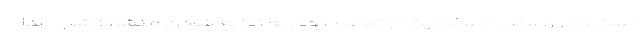
است و در راستای مسئولیت اجتماعی خود، به توزیع شادی و نشاط شب یلدا